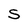
Character: S